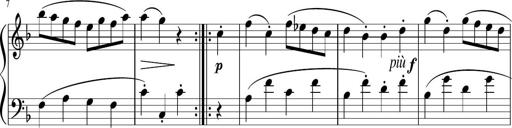
Title: 12 Keyboard Sonatinas
Composer: James Hook